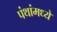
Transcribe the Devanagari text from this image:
पंथांमध्ये